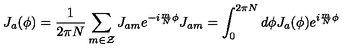
J _ { a } ( \phi ) = \frac { 1 } { 2 \pi N } \sum _ { m \in \cal { Z } } J _ { a m } e ^ { - i \frac { m } { N } \phi } J _ { a m } = \int _ { 0 } ^ { 2 \pi N } d \phi J _ { a } ( \phi ) e ^ { i \frac { m } { N } \phi }